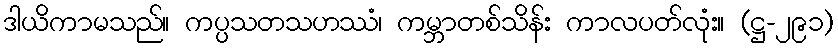
ဒါယိကာမသည်။ ကပ္ပသတသဟဿံ၊ ကမ္ဘာတစ်သိန်း ကာလပတ်လုံး။ (ဋ္ဌ-၂၉၁)